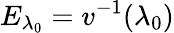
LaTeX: E_{\lambda_{0}}=v^{-1}(\lambda_{0})